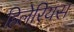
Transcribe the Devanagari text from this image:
हिलेरियस